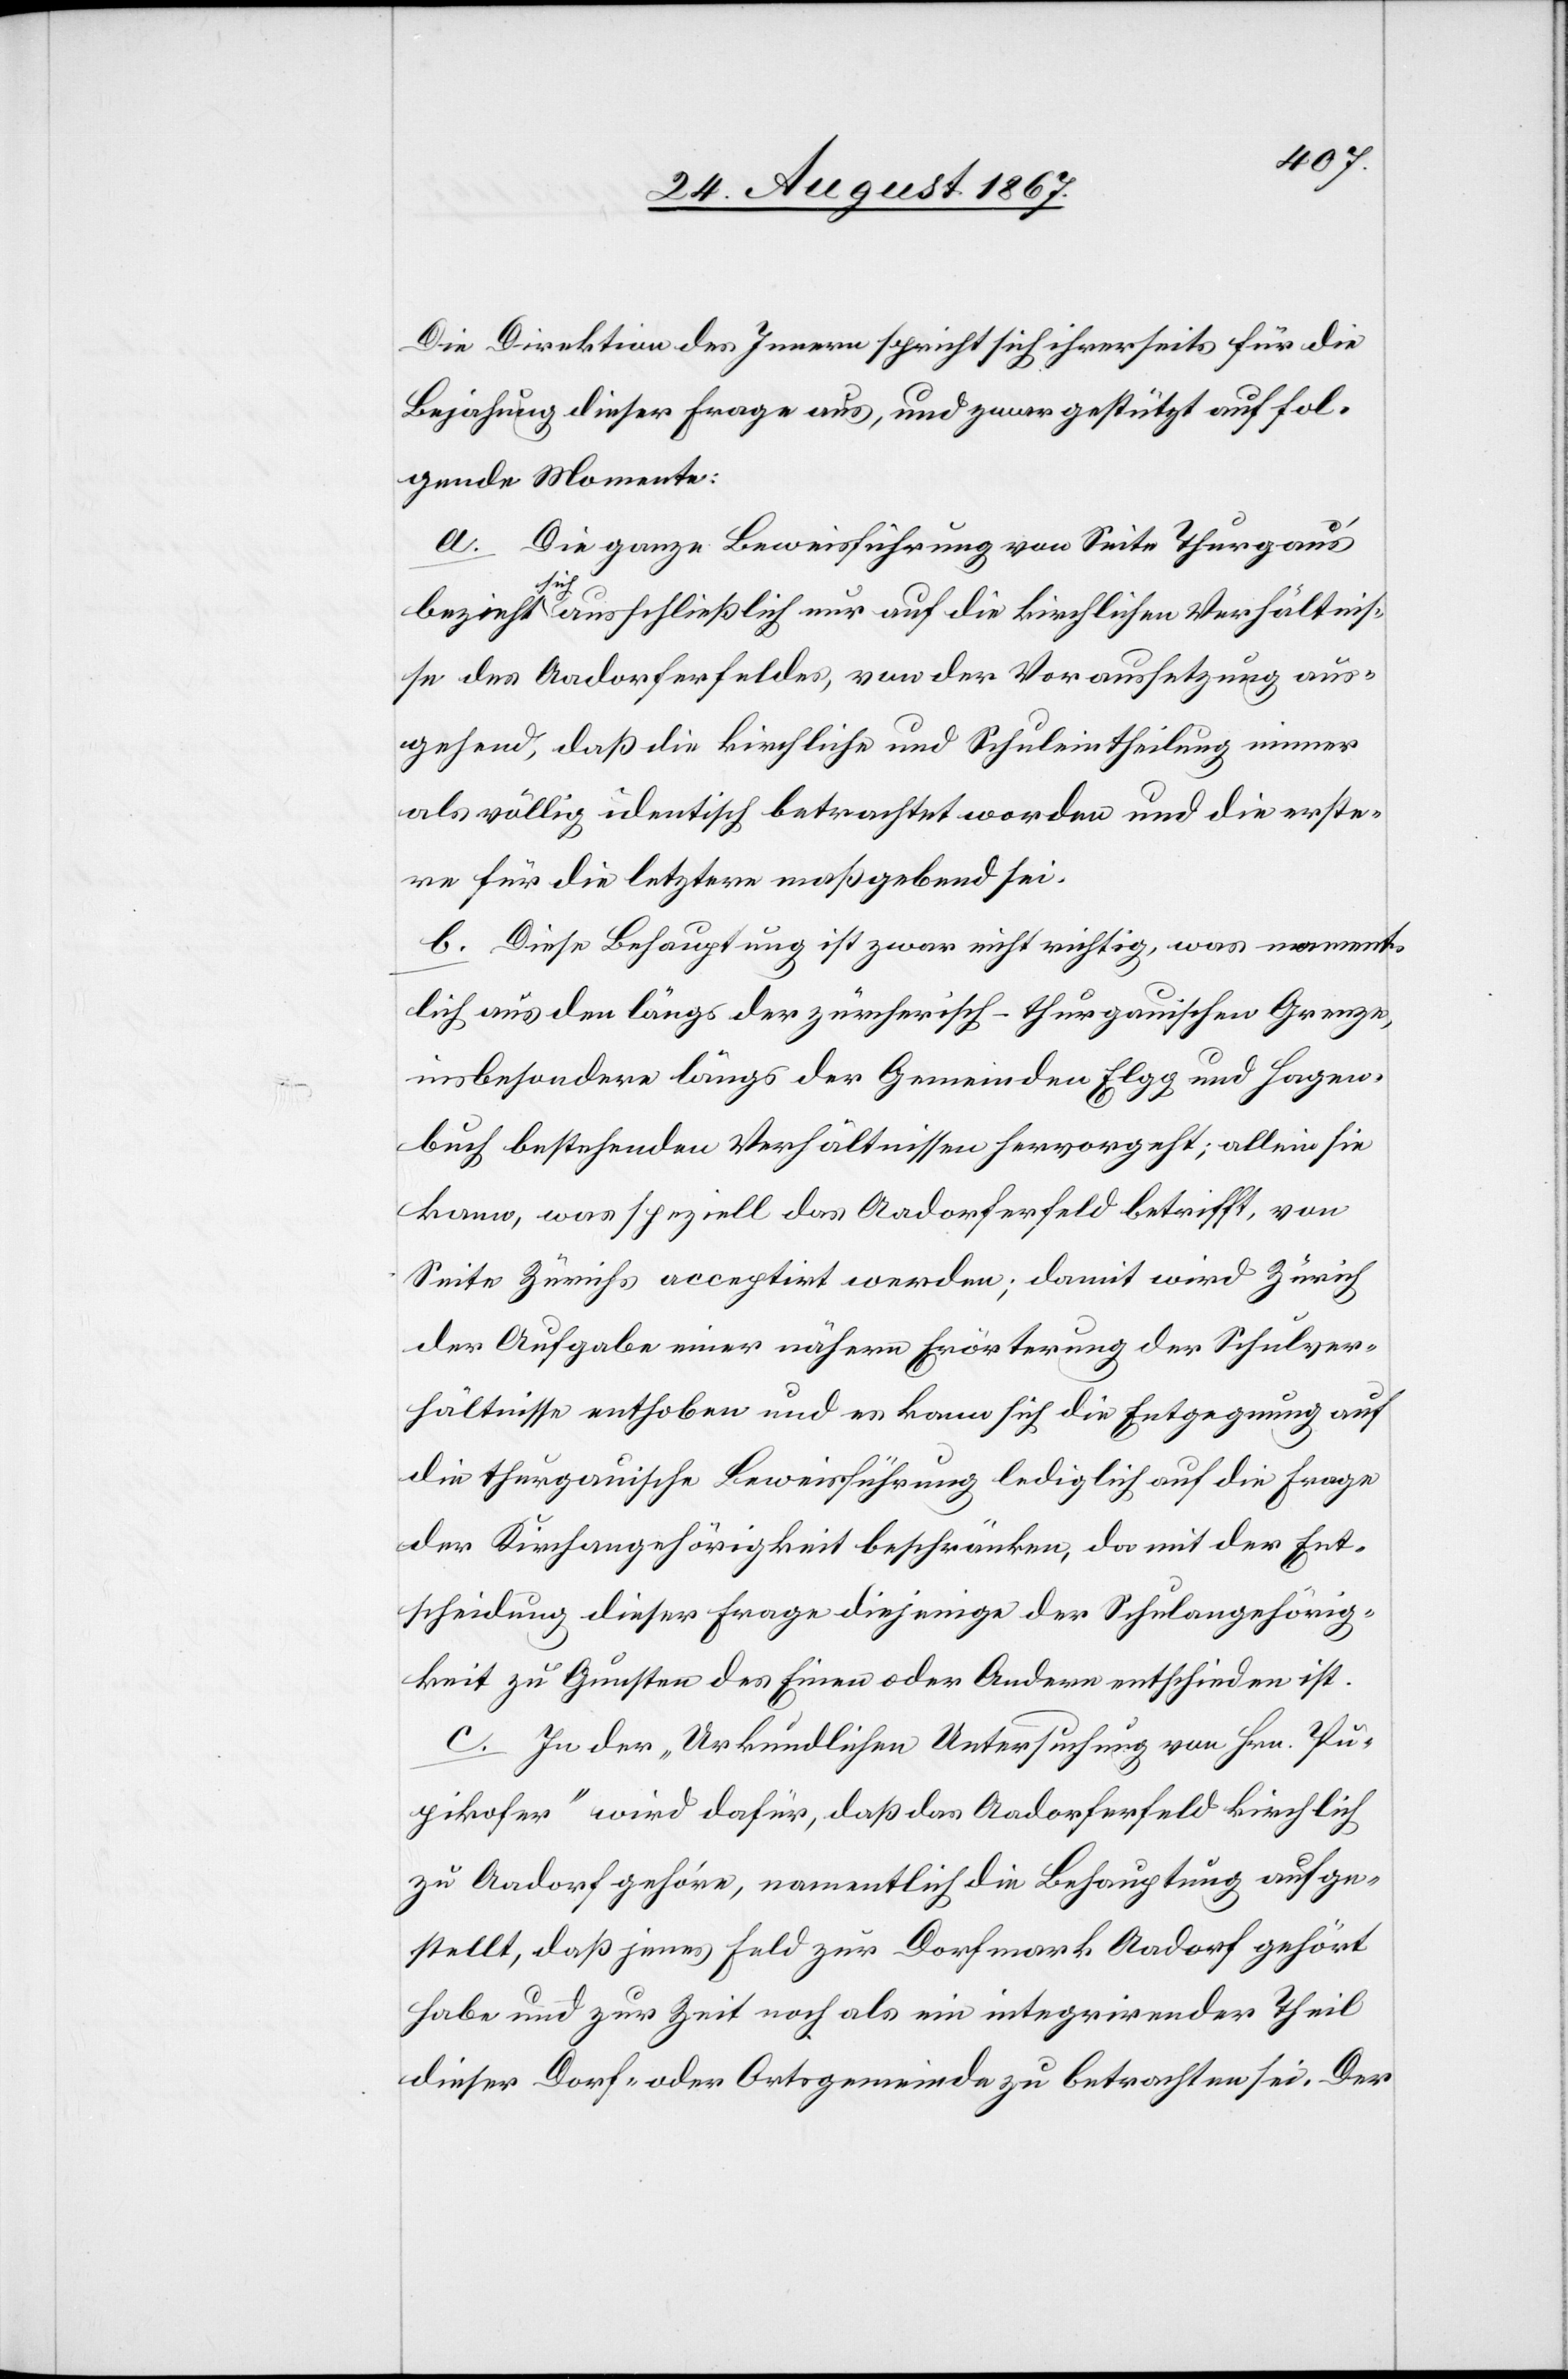
Die Direktion des Innern spricht sich ihrerseits für die
Bejahung dieser Frage aus, und zwar gestützt auf fol¬
gende Momente:
a. Die ganze Beweisführung von Seite Thurgau’s
sich ausschließlich nur auf die kirchlichen Verhältnis¬
se des Aadorferfeldes, von der Voraussetzung aus¬
gehend, daß die kirchliche und Schuleintheilung immer
als völlig identisch betrachtet werden und die erste¬
re für die letztere maßgebend sei.
b. Diese Behauptung ist zwar nicht richtig, was nament¬
lich aus den längs der zürcherisch-thurgauischen Grenze,
insbesondere längs der Gemeinden Elgg und Hagen¬
buch bestehenden Verhältnisse hervorgeht; allein sie
kann, was speziell das Aadorferfeld betrifft, von
Seite Zürichs acceptirt werden; damit wird Zürich
der Aufgabe einer nähern Erörterung der Schulver¬
hältnisse enthoben und es kann sich die Entgegnung auf
die thurgauische Beweisführung lediglich auf die Frage
der Kirchangehörigkeit beschränken, da mit der Ent¬
scheidung dieser Frage diejenige der Schulangehörig¬
keit zu Gunsten des Einen oder Andern entschieden ist.
c. In der „Urkundlichen Untersuchung von Hrn. Pu¬
pikofer“ wird dafür, daß das Aadorferfeld kirchlich
zu Aadorf gehöre, namentlich die Behauptung aufge¬
stellt, daß jenes Feld zur Dorfmark Aadorf gehört
habe und zur Zeit noch als ein integrirender Theil
dieser Dorf- oder Ortsgemeinde zu betrachten sei. Der